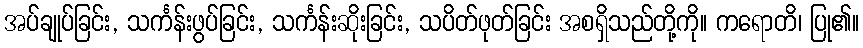
အပ်ချုပ်ခြင်း, သင်္ကန်းဖွပ်ခြင်း, သင်္ကန်းဆိုးခြင်း, သပိတ်ဖုတ်ခြင်း အစရှိသည်တို့ကို။ ကရောတိ၊ ပြု၏။